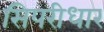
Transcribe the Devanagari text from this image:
सिपरीधार